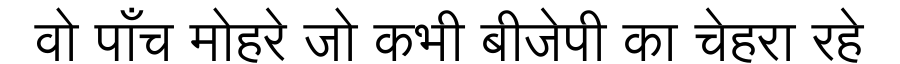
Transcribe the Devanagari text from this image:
वो पाँच मोहरे जो कभी बीजेपी का चेहरा रहे